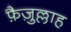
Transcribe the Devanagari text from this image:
फ़ैज़ुल्लाह